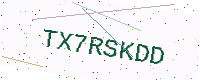
Text: TX7RSKDD